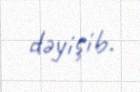
dəyişib.